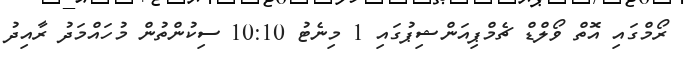
ރޯމްގައި އޮތް ވޯލްޑް ޗެމްޕިއަންޝިޕުގައި 1 މިނެޓު 10:10 ސިކުންތުން މުހައްމަދު ރާއިދު